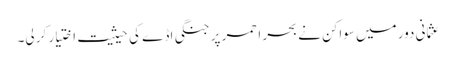
عثمانی دور میں سواکن نے بحر احمر پر جنگی اڈے کی حیثیت اختیار کر لی۔